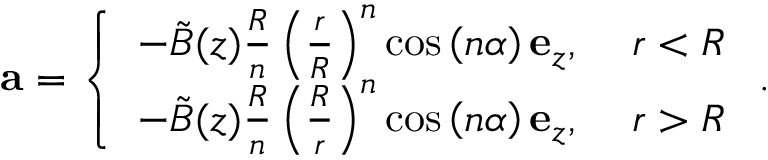
\mathbf { a } = \left\{ \begin{array} { l l } { - \tilde { B } ( z ) \frac { R } { n } \left( \frac { r } { R } \right) ^ { n } \cos \left( n \alpha \right) \mathbf { e } _ { z } , } & { \ r < R } \\ { - \tilde { B } ( z ) \frac { R } { n } \left( \frac { R } { r } \right) ^ { n } \cos \left( n \alpha \right) \mathbf { e } _ { z } , } & { \ r > R } \end{array} \right. .